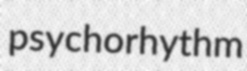
psychorhythm